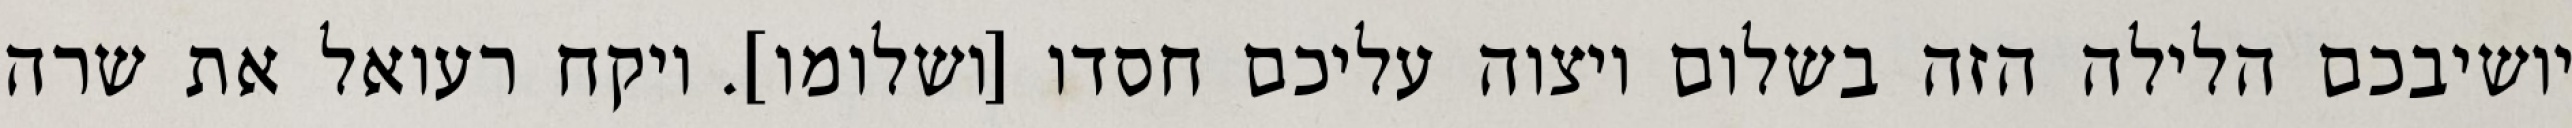
יושיבכם הלילה הזה בשלום ויצוה עליכם חסדו [ושלומו]. ויקח רעואל את שרה